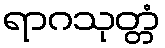
ရာဂသုတ္တံ